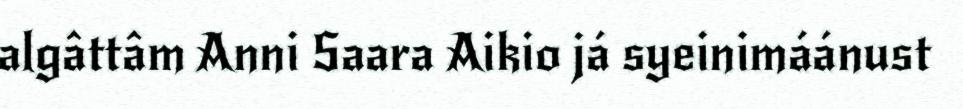
algâttâm Anni Saara Aikio já syeinimáánust